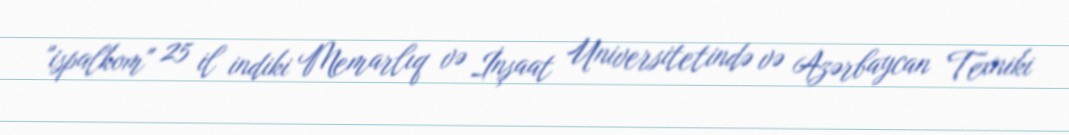
"ispalkom" 25 il indiki Memarlıq və İnşaat Universitetində və Azərbaycan Texniki